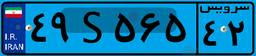
۴۹S۵۶۵۴۲